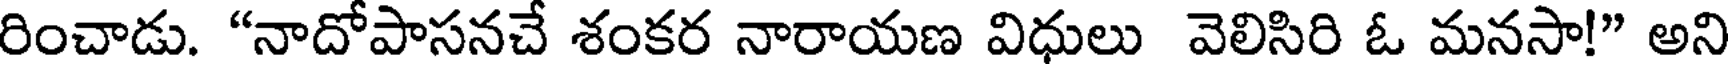
రించాడు. "నాదోపాసనచే శంకర నారాయణ విధులు వెలిసిరి ఓ మనసా!" అని